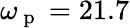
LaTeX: \omega_{\mathrm{~p~}}=21.7